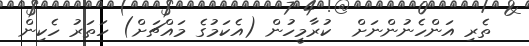
ތެރި އަންހެނުންނަށް  ކުރާމީހުން (އެކަމުގެ މައްޗަށް) ހަތަރު ހެކިން